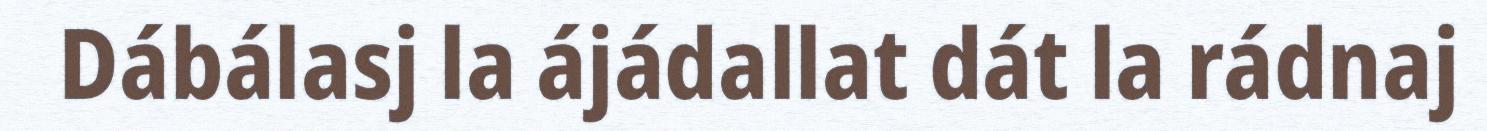
Dábálasj la ájádallat dát la rádnaj